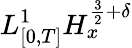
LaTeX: L_{[0,T]}^{1}H_{x}^{\frac{3}{2}+\delta}